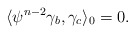
\begin{align*}\langle \psi^{n-2}\gamma_b, \gamma_c\rangle_{0}=0.\end{align*}